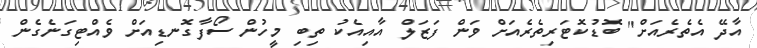
އާދޭ އެތެރެއަށް" ބޮޑުކޮޓަރިތެރެއަށް ވަން ފަޒަލް އާއިއެކު ތިބި މީހުން ސޯފާގޮނޑިއަށް ވެއްޓިގަނެގެން